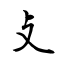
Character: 攴